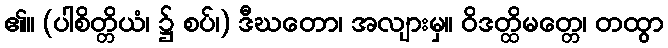
၏။ (ပါစိတ္တိယံ၊ ၌ စပ်၊) ဒီဃတော၊ အလျားမှ။ ဝိဒတ္ထိမတ္တေ၊ တထွာ